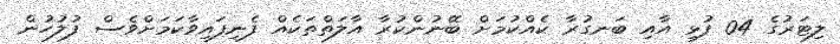
ލިޓަރުގެ 04 ފުޅި އާއި ބަނގުރާ ކެއްކުމަށް ބޭނުންކުރާ އާލަތްތަކެއް ފެނިފައިވާކަމަށްވެސް ފުލުހުން